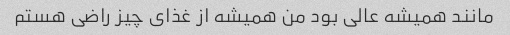
مانند همیشه عالی بود من همیشه از غذای چیز راضی هستم